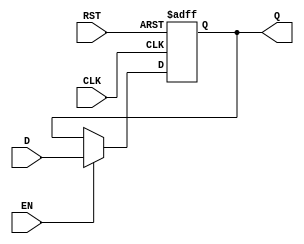
module output_register (
    input wire D,      // Data Input
    input wire CLK,    // Clock Signal
    input wire EN,     // Enable Signal
    input wire RST,    // Reset Signal (active high for asynchronous reset)
    output reg Q       // Data Output
);

    // Always block for synchronous behavior
    always @(posedge CLK or posedge RST) begin
        if (RST) begin
            Q <= 1'b0; // Set output to default value (0) on reset
        end else if (EN) begin
            Q <= D;     // Update output with data input
        end
        // If RST is low and EN is low, Q retains its previous value
    end

endmodule